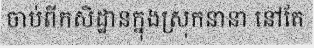
ចាប់ពីកសិដ្ឋានក្នុងស្រុកនានា នៅតែ